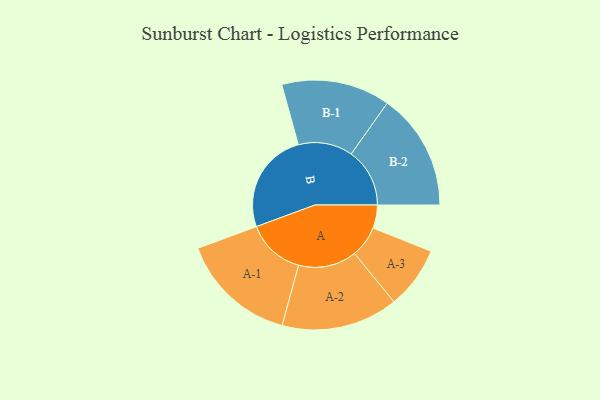
{"axis": {"x": "Segment", "y": "Value"}, "legend": ["", "A", "B"], "data": [{"x": "A", "y": 106, "type": ""}, {"x": "B", "y": 463, "type": ""}, {"x": "A-1", "y": 266, "type": "A"}, {"x": "A-2", "y": 266, "type": "A"}, {"x": "A-3", "y": 142, "type": "A"}, {"x": "B-1", "y": 248, "type": "B"}, {"x": "B-2", "y": 267, "type": "B"}]}